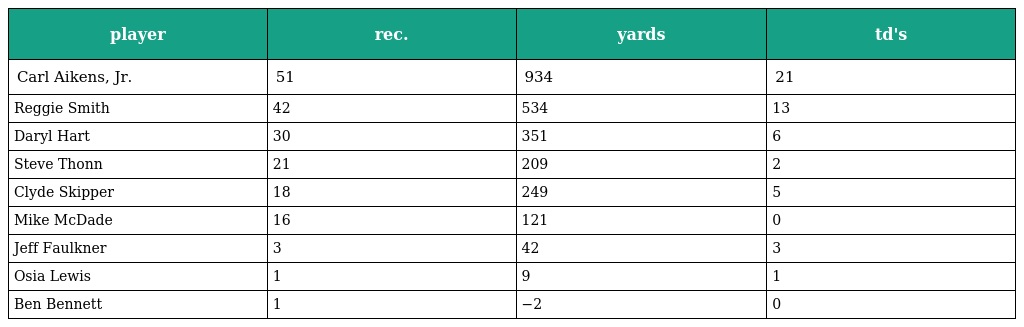
| player | rec. | yards | td's |
 | --- | --- | --- | --- |
 | Carl Aikens, Jr. | 51 | 934 | 21 |
 | Reggie Smith | 42 | 534 | 13 |
 | Daryl Hart | 30 | 351 | 6 |
 | Steve Thonn | 21 | 209 | 2 |
 | Clyde Skipper | 18 | 249 | 5 |
 | Mike McDade | 16 | 121 | 0 |
 | Jeff Faulkner | 3 | 42 | 3 |
 | Osia Lewis | 1 | 9 | 1 |
 | Ben Bennett | 1 | −2 | 0 |